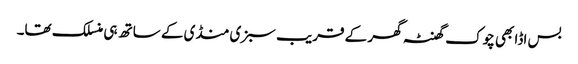
بس اڈا بھی چوک گھنٹہ گھر کے قریب سبزی منڈی کے ساتھ ہی منسلک تھا۔